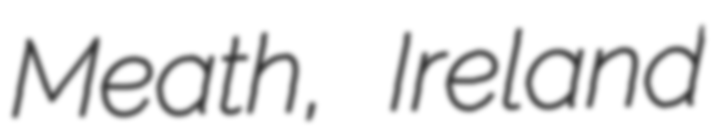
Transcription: Meath, Ireland